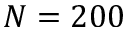
N = 2 0 0